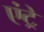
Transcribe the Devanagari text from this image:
एंट्रे